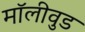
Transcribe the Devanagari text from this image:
मॉलीवुड